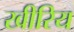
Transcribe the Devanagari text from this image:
खीरिय